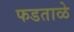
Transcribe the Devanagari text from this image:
फडताळे